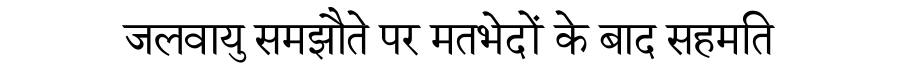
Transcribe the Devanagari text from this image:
जलवायु समझौते पर मतभेदों के बाद सहमति